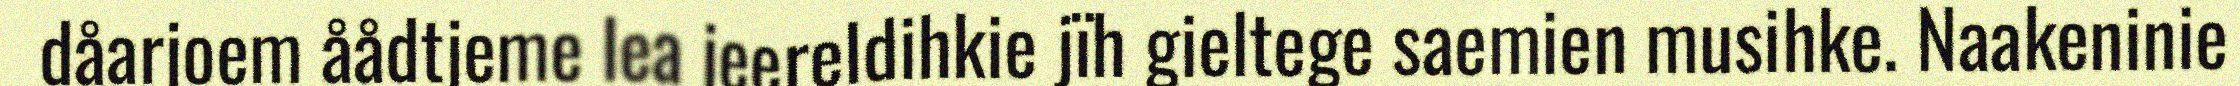
dåarjoem åådtjeme lea jeereldihkie jïh gieltege saemien musihke. Naakeninie